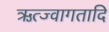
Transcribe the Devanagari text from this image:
ऋत्ज्वागतादि